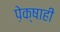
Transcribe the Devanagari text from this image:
पे़क्षाही